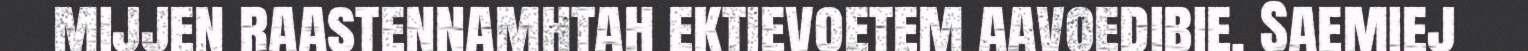
mijjen raastennamhtah ektievoetem aavoedibie. Saemiej